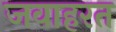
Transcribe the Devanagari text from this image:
जवाहरत